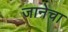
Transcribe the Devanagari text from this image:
जानेचा